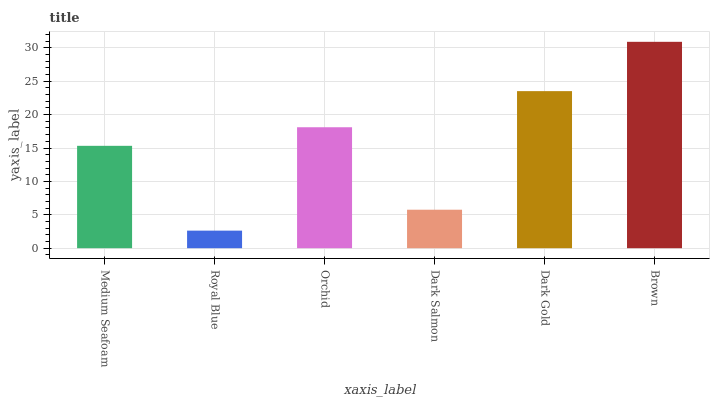
| xaxis_label | bars |
 | --- | --- |
 | Medium Seafoam | 15.3 |
 | Royal Blue | 2.63 |
 | Orchid | 18.1 |
 | Dark Salmon | 5.76 |
 | Dark Gold | 23.5 |
 | Brown | 30.9 |